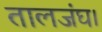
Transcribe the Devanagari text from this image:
तालजंघ।